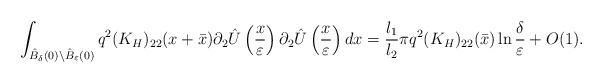
LaTeX: \begin{align*}\int_{\hat{B}_{\delta}(0)\setminus\hat{B}_{\varepsilon}(0)}q^2(K_{H})_{22}(x+\bar{x})\partial_2 \hat{U}\left( \frac{x}{\varepsilon}\right) \partial_2\hat{U}\left( \frac{x}{\varepsilon}\right) dx=\frac{l_1}{l_2}\pi q^2(K_{H})_{22}(\bar{x})\ln\frac{\delta}{\varepsilon}+O(1).\end{align*}